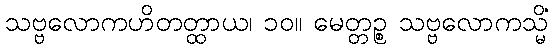
သဗ္ဗလောကဟိတတ္ထာယ၊ ၁၀။ မေတ္တဉ္စ သဗ္ဗလောကသ္မိံ